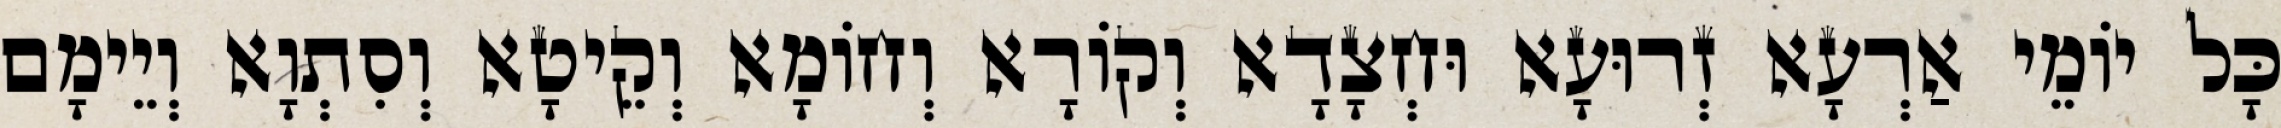
כָּל יוֹמֵי אַרְעָא זְרוּעָא וּחְצָדָא וְקוֹרָא וְחוֹמָא וְקֵיטָא וְסִתְוָא וְיֵימָם